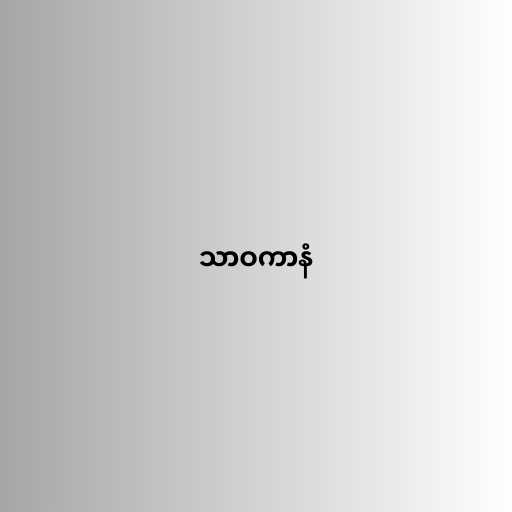
သာဝကာနံ